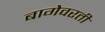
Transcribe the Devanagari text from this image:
बागेवरती